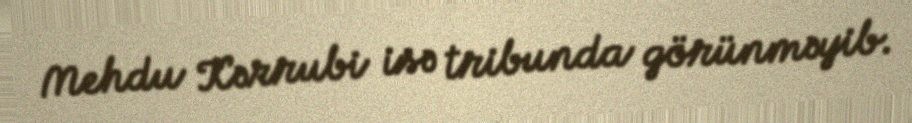
Mehdu Kərrubi isə tribunda görünməyib.